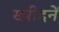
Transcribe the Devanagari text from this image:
खरीदनें